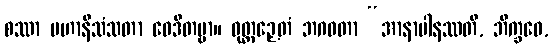
စဿာ မဟာနိသံသတာ ဝေဒိတဗ္ဗာ။ ဝုတ္တဉှေတံ ဘဂဝတာ “အာနာပါနဿတိ, ဘိက္ခဝေ,